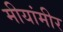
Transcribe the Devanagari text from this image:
मीयांमीर